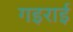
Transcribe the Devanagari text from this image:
गइराई